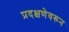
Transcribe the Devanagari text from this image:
प्रदक्षणेवरून